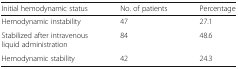
<table><thead><tr><td><b>Initial hemodynamic status</b></td><td><b>No. of patients</b></td><td><b>Percentage</b></td></tr></thead><tbody><tr><td>Hemodynamic instability</td><td>47</td><td>27.1</td></tr><tr><td>Stabilized after intravenous liquid administration</td><td>84</td><td>48.6</td></tr><tr><td>Hemodynamic stability</td><td>42</td><td>24.3</td></tr></tbody></table>